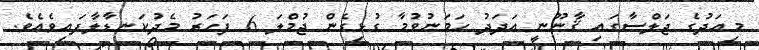
މިއަދުގެ ޖަލްސާގައި ޤާނޫނީ އަދަދު ހަމަނުވުމާ ގުޅިގެން ޖުމްލަ 6 ފަހަރު މެދުކަނޑާލާފައިވެއެވެ.